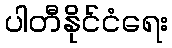
ပါတီနိုင်ငံရေး